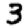
Digit: 3